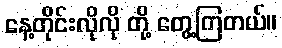
နေ့တိုင်းလိုလို တို့ တွေ့ကြတယ်။